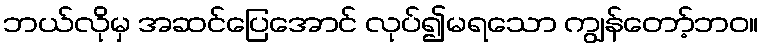
ဘယ်လိုမှ အဆင်ပြေအောင် လုပ်၍မရသော ကျွန်တော့်ဘဝ။